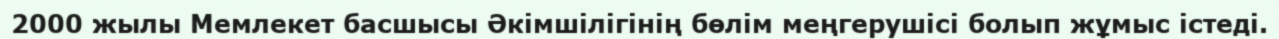
2000 жылы Мемлекет басшысы Әкімшілігінің бөлім меңгерушісі болып жұмыс істеді.